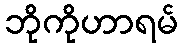
ဘိုကိုဟာရမ်